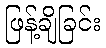
ဖြန့်ချိခြင်း